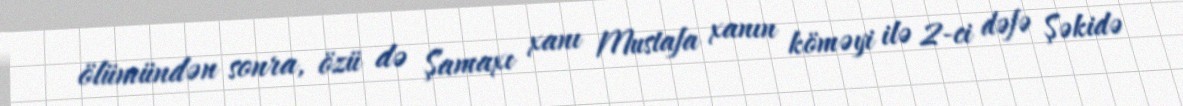
ölümündən sonra, özü də Şamaxı xanı Mustafa xanın köməyi ilə 2-ci dəfə Şəkidə